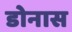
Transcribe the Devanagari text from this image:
डोनास